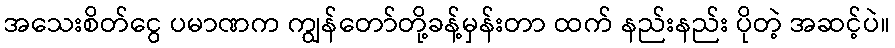
အသေးစိတ်ငွေ ပမာဏက ကျွန်တော်တို့ခန့်မှန်းတာ ထက် နည်းနည်း ပိုတဲ့ အဆင့်ပဲ။